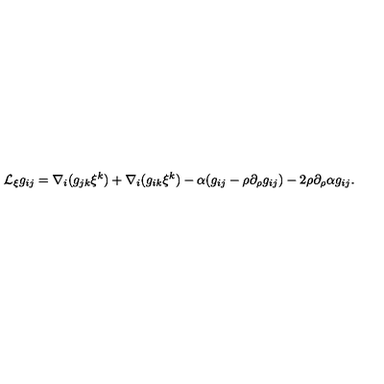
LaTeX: { \cal L } _ { \xi } g _ { i j } = \nabla _ { i } ( g _ { j k } \xi ^ { k } ) + \nabla _ { i } ( g _ { i k } \xi ^ { k } ) - \alpha ( g _ { i j } - \rho \partial _ { \rho } g _ { i j } ) - 2 \rho \partial _ { \rho } \alpha g _ { i j } .